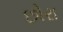
છોરા